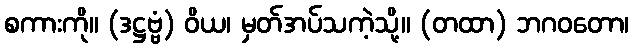
စကားကို။ (ဒဋ္ဌဗ္ဗံ) ဝိယ၊ မှတ်အပ်သကဲ့သို့။ (တထာ) ဘဂဝတော၊